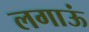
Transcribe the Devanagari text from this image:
लगाऊं